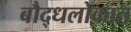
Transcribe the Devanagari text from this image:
बौद्धलोकात